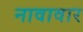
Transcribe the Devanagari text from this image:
नावावार